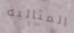
المثاليه